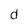
Character: d